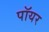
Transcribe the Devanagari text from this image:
पॉयर